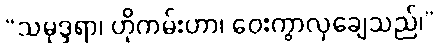
“သမုဒ္ဒရာ၊ ဟိုကမ်းဟာ၊ ဝေးကွာလှချေသည်၊”